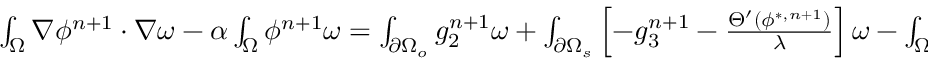
\begin{array} { r l } { \small } & { { } \int _ { \Omega } \nabla \phi ^ { n + 1 } \cdot \nabla \omega - \alpha \int _ { \Omega } \phi ^ { n + 1 } \omega = \int _ { \partial \Omega _ { o } } g _ { 2 } ^ { n + 1 } \omega + \int _ { \partial \Omega _ { s } } \left[ - g _ { 3 } ^ { n + 1 } - \frac { \Theta ^ { \prime } ( \phi ^ { * , n + 1 } ) } { \lambda } \right] \omega - \int _ { \Omega } \psi ^ { n + 1 } \omega , \quad \forall \omega . } \end{array}